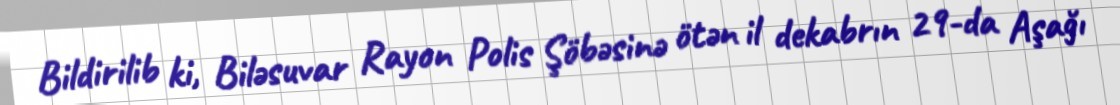
Bildirilib ki, Biləsuvar Rayon Polis Şöbəsinə ötən il dekabrın 29-da Aşağı